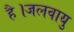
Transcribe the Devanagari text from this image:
है।जलवायु